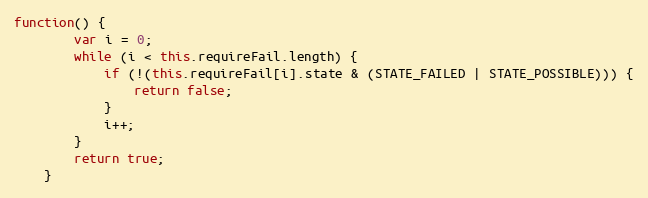
Language: JavaScript
function() {
        var i = 0;
        while (i < this.requireFail.length) {
            if (!(this.requireFail[i].state & (STATE_FAILED | STATE_POSSIBLE))) {
                return false;
            }
            i++;
        }
        return true;
    }